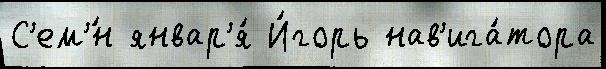
С'ем'́н январ'я́ И́горь нав'ига́тора